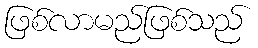
ဖြစ်လာမည်ဖြစ်သည်